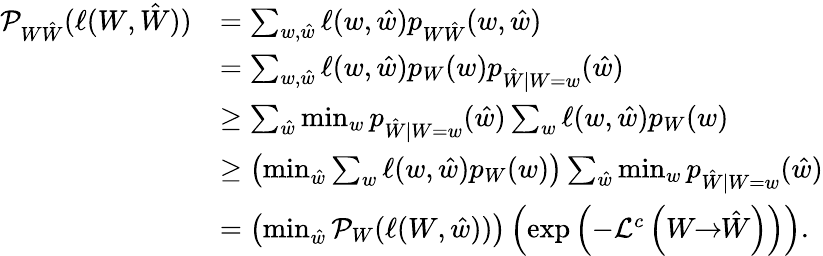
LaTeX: \begin{array}{rl}{\mathcal{P}_{W\hat{W}}(\ell(W,\hat{W}))}&{=\sum_{w,\hat{w}}\ell(w,\hat{w})p_{W\hat{W}}(w,\hat{w})}\\ &{=\sum_{w,\hat{w}}\ell(w,\hat{w})p_{W}(w)p_{\hat{W}|W=w}(\hat{w})}\\ &{\geq\sum_{\hat{w}}\operatorname*{min}_{w}p_{\hat{W}|W=w}(\hat{w})\sum_{w}\ell(w,\hat{w})p_{W}(w)}\\ &{\geq\left(\operatorname*{min}_{\hat{w}}\sum_{w}\ell(w,\hat{w})p_{W}(w)\right)\sum_{\hat{w}}\operatorname*{min}_{w}p_{\hat{W}|W=w}(\hat{w})}\\ &{=\left(\operatorname*{min}_{\hat{w}}\mathcal{P}_{W}(\ell(W,\hat{w}))\right)\left(\exp\left(-\mathcal{L}^{c}\left(W\! \! \to\! \! \hat{W}\right)\right)\right).}\end{array}